Regulations for the medical services of the Army of India
Year: 1930
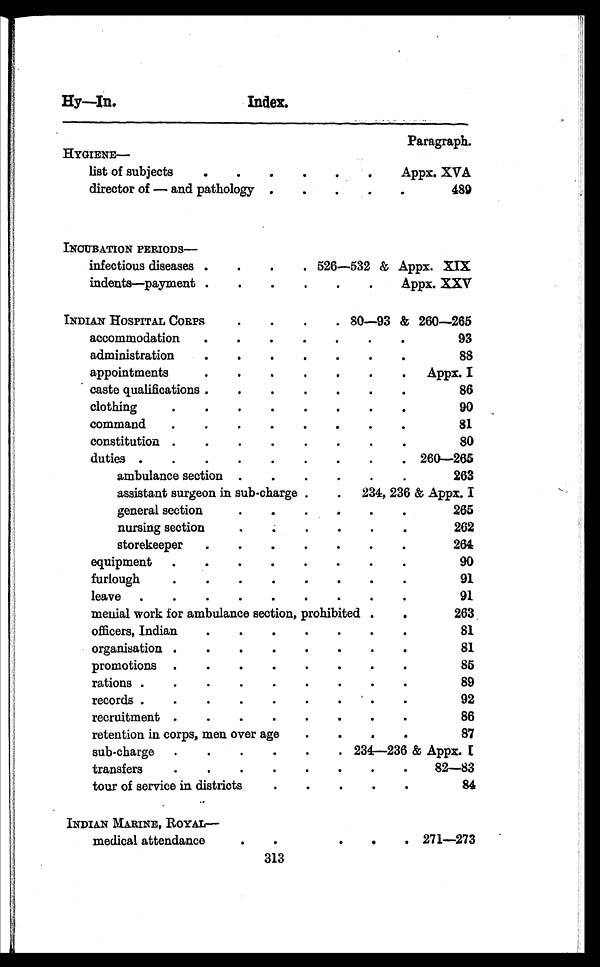
Hy—In.
Index.
Paragraph.
HYGIENE—
list of subjects
.
.
.
.
. . Appx. XVA
director of —and pathology .
.
.
.
.
489
INCUBATION PERIODS
—
infectious diseases .
.
.
. 526—532 & Appx. XIX
indents—payment .
.
.
.
.
.
Appx. XXV
INDIAN HOSPITAL CORPS
.
.
.
. 80—93 & 260—265
accommodation
.
.
.
.
.
.
.
9 3
administration
.
.
.
.
.
.
.
88
appointment
.
.
.
.
.
.
. Appx. I
caste qualifications
.
.
.
.
.
.
86
clothing
.
.
.
.
.
.
.
.
9 0
command
.
.
.
.
.
.
.
.
81
constitution .
.
.
.
.
.
.
.
8 0
duties.
.
.
.
.
.
.
.
. 260—265
ambulance section
.
.
. .
.
2 6 3
assistant surgeon in sub-charge .
. 234, 236 & Appx. I
general section
.
.
.
.
.
.
2 6 5
nursing section
.
.
.
.
.
2 6 2
storekeepe
.
.
.
.
.
.
.
2 6 4
equipment
. .
.
.
.
.
.
.
90
furlough
. .
.
.
.
.
.
.
.
9 1
leave
.
.
.
.
.
.
.
.
9 1
menial work for ambulance section, prohibited
.
263
officers, Indian
.
.
.
.
.
.
.
81
organisation
.
.
.
.
.
.
.
8 1
promotions
. .
.
.
.
.
.
.
85
rations
. .
.
.
.
.
.
.
8 9
records
.
.
.
.
.
.
.
.
.
9 2
recruitment
. .
.
.
.
.
.
.
86
retention in corps, men over age
. .
.
.
87
sub-charge .
.
.
.
.
. 234—236 & Appx. I
transfers
.
.
.
.
.
. .
.
82—83
tour of service in districts
. .
.
. .
84
INDIAN MARINE, ROYAL
—
medical attendance
.
. .
.
. . 271—273
313